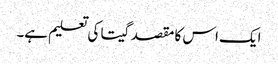
ایک اس کا مقصد گیتا کی تعلیم ہے۔